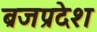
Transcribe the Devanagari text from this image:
ब्रजप्रदेश